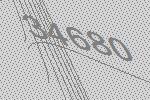
34680